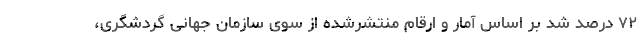
۷۲ درصد شد بر اساس آمار و ارقام منتشرشده از سوی سازمان جهانی گردشگری،